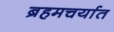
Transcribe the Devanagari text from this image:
ब्रहमचर्यात